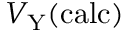
V _ { \mathrm { Y } } ( \mathrm { c a l c } )